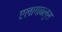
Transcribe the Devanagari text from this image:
एलागाबलुस